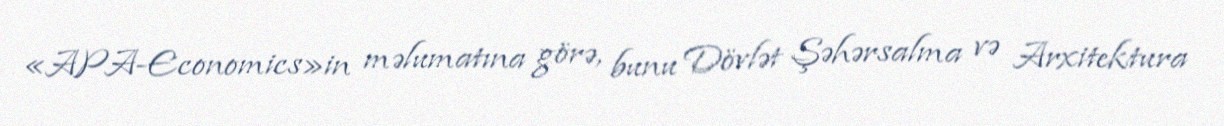
«APA-Economics»in məlumatına görə, bunu Dövlət Şəhərsalma və Arxitektura